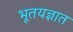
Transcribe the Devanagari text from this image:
भूतयज्ञात